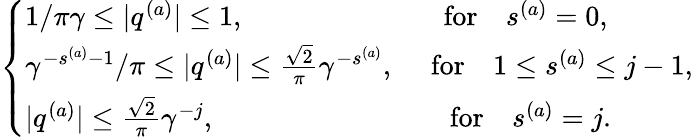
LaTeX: \begin{array}{r}{\left\{ \begin{array}{ll}{1/{\pi\gamma}\le\vert q^{(a)}\vert\le 1,\quad\quad\quad\quad\quad\quad\quad\mathrm{for}\quad s^{(a)}=0,}\\ {{\gamma^{-s^{(a)}-1}}/{\pi}\le\vert q^{(a)}\vert\le\frac{\sqrt 2}{\pi}\gamma^{-s^{(a)}},\quad\ \mathrm{for}\quad 1\le s^{(a)}\le j-1,}\\ {\vert q^{(a)}\vert\le\frac{\sqrt 2}{\pi}\gamma^{-j},\ \quad\quad\quad\quad\quad\quad\quad\quad\mathrm{for}\quad s^{(a)}=j.}\end{array}\right.}\end{array}